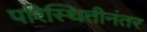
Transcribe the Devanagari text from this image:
परिस्थितीनंतर